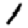
Digit: 1